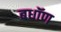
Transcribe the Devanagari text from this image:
बधॉण